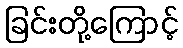
ခြင်းတို့ကြောင့်